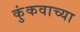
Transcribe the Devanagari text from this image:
कुंकवाच्या